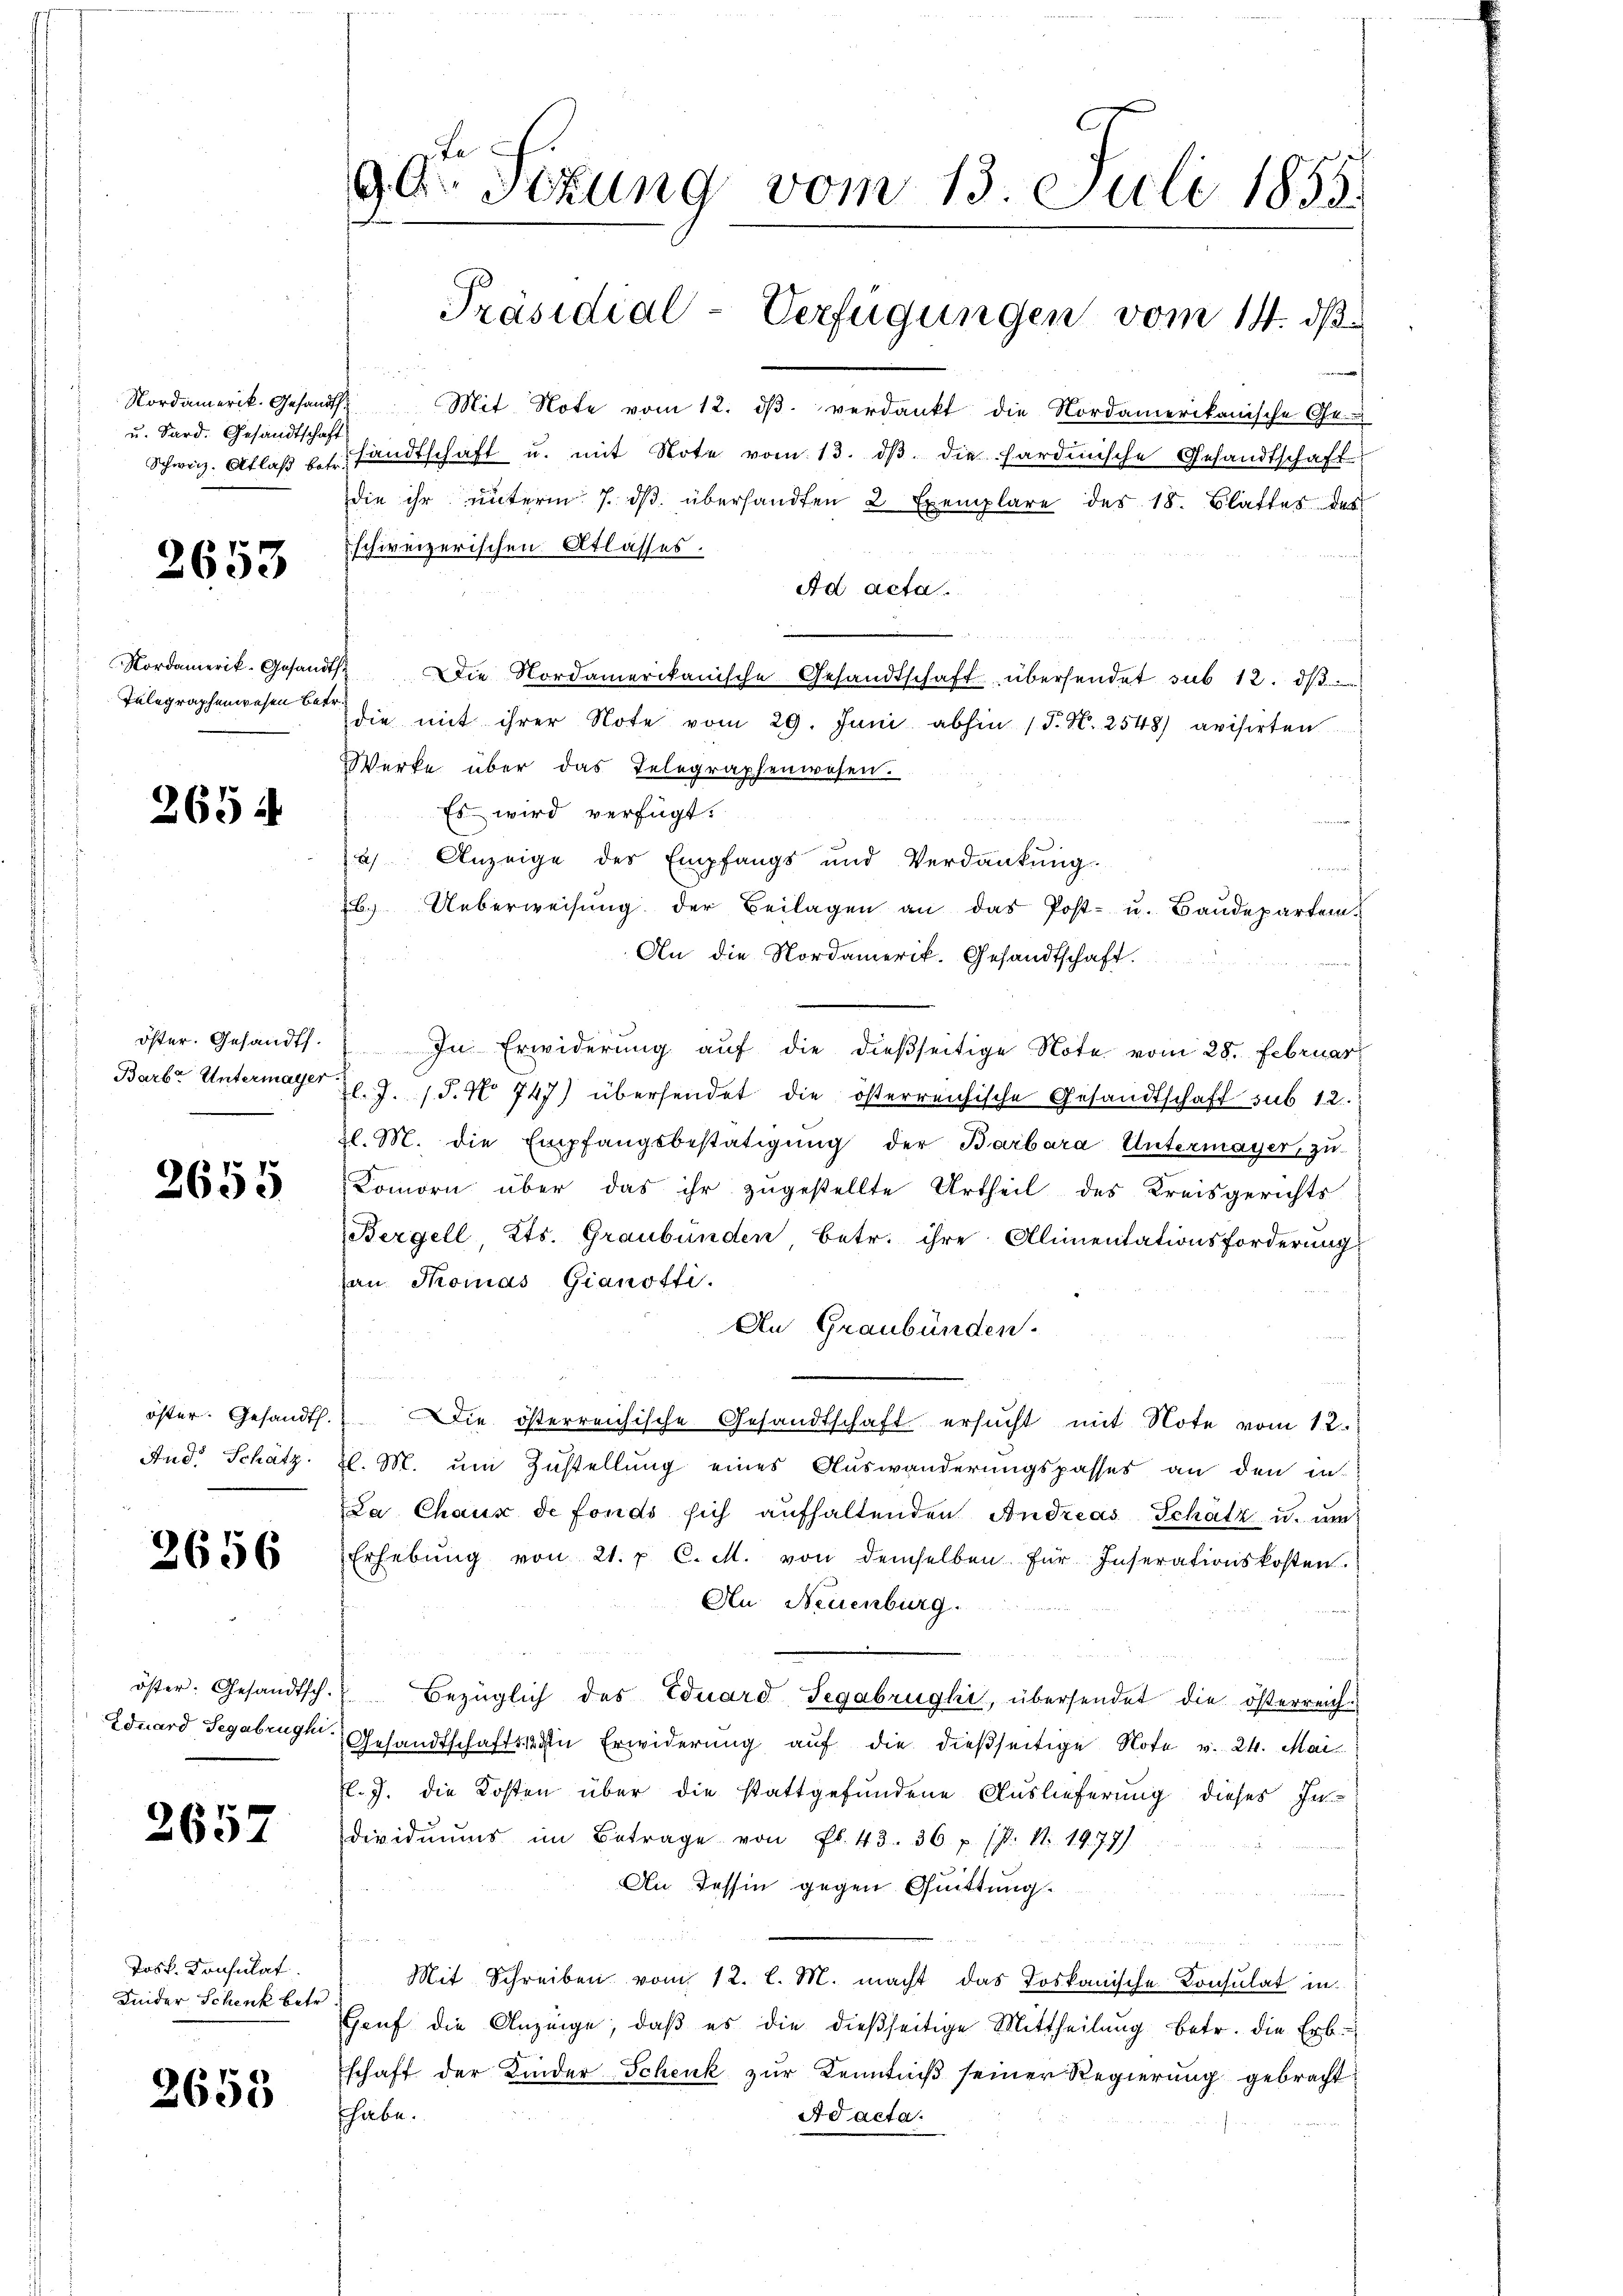
u. Sard. Gesandtschaft

2653

Nordamerik-Gesandts
Telegraphenwesen betr.

2654

öster. Gesandt.
Barb. Untermager

2655

öster. Gesandt.
And. Schätz

2656

öster. Gesandtsch.
Eduard Segabrughi.

2657

Josk. Konsulat
Kinder Schenk betr.

2655

90r Sizung vom 13. Juli 1855.
Präsidial-Verfügungen vom 14. dß.

Nordamerik. Gesandt. Mit Note vom 12. dβ verdankt die Nordamerikanische Ge-
Schweiz. Atlaβ u. fandtschaft u. mit Note vom 13. dβ die Sardinische Gesandtschaft
die ihr unterm 7. dβ überhandten 2 Exemplare des 18. Blattes des
schweizerischen Atlasses.
Ad acta.
Die Nordamerikanische Gesandtschaft übersendet sub 12. ds. d
die mit ihrer Note vom 29. Juni abhin (T. N. 2548) avisirten
Werke über das Telegraphenwesen.
Es wird verfügt:
a) Anzeige des Empfangs und Verdankung
f
B. Ueberweisung der Beilagen an das Post- u. Baudepartem¬
An die Nordamerik. Gesandtschaft.
In Erwiderung auf die dießseitige Note vom 28. Februar
l. J. J. No 747) übersendet die österreichische Gesandtschaft sub 12.
l. M. die Empfangsbestätigung der Barbara Untermayer, zu
Komorn über das ihr zugestellte Urtheil des Kreisgerichts
Bergell, Kts. Graubünden, betr. ihre Alimentationsforderung
au Thomas Gianotti.
An Graubünden.
u
Die österreichische Gesandtschaft ersucht mit Note vom 12.
l. M. um Zustellung eines Auswanderungspasses an den in-
La Chaux de fonds sich aufhaltenden Andreas Schätz u. um
Erhebŭng von 21. p. C. M. von demselben für Inserationskosten.
An Neuenburg.
Bezüglich des Eduard Segabrughi, übersendet die österreich¬
Gesandtschaftssten Erwiderung auf die dießseitige Note v. 24. Mai
El. J. die Kosten über die stattgefundene Auslieferung dieses Individuums im Betrage von Fl. 43. 36 p. P. Nr. 1979)
An Tessin gegen Quittung.
u
Mit Schreiben vom 12. l. M. macht das Loskanische Consulat in
Haŭf die Anzeige, daβ es die dießseitige Mittheilŭng betr. die Erb
schaft der Kinder-Schenk zur Kenntniß seiner Regierung gebracht
thabe.
Ad acta.